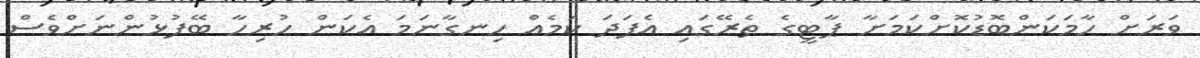
ވަރަށް ހާމަކަންބޮޑުކޮށްކަމަށާ ޕާޓީގެ ތެރޭގައި އެފަދަ ކަމެއް ހިނގާނަމަ އެކަން ހުރިހާ ބޭފުޅުންނަށްވެސް